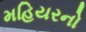
મહિયરનો